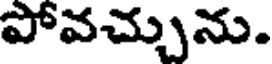
పోవచ్చును.